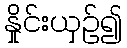
နှိုင်းယှဉ်၍